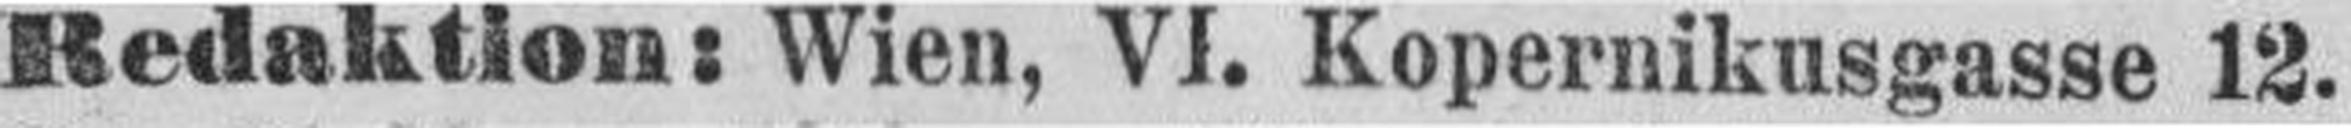
Redaktion: Wien, VI. Kopernikusgasse 12.